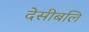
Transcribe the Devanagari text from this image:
देसीबलि